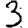
Digit: 3